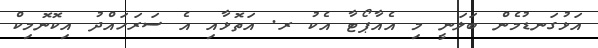
އަޅުގަނޑުމެން ބަލަނީ މި އެއާޕޯޓާ އެކު ރ. އަތޮޅާއި އެ ސަރަހައްދު އިކޮނޮމިކް